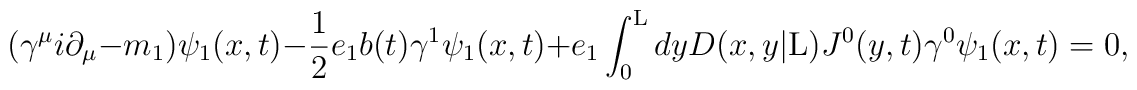
({\gamma}^{\mu} i {\partial}_{\mu} - m_1){\psi}_1(x,t) -\frac{1}{2} e_1 b(t) {\gamma}^1 {\psi}_1(x,t) +e_1 \int_{0}^{\rm L} dy D(x,y|{\rm L}) J^0(y,t){\gamma}^0 {\psi}_1(x,t) =0,